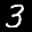
Label: 3